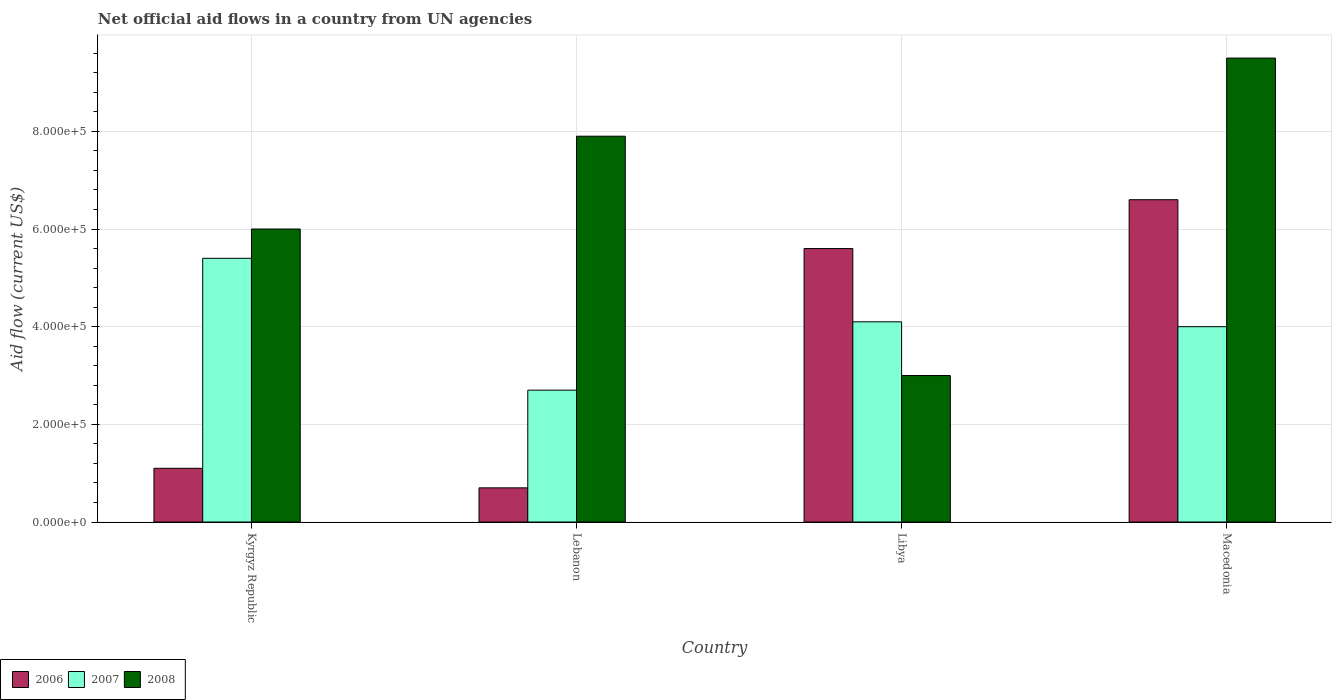
| Country | 2006 | 2007 | 2008 |
 | --- | --- | --- | --- |
 | Kyrgyz Republic | 1.1e+05 | 5.4e+05 | 6e+05 |
 | Lebanon | 7e+04 | 2.7e+05 | 7.9e+05 |
 | Libya | 5.6e+05 | 4.1e+05 | 3e+05 |
 | Macedonia | 6.6e+05 | 4e+05 | 9.5e+05 |